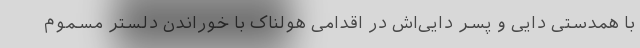
با همدستی دایی و پسر دایی‌اش در اقدامی هولناک با خوراندن دلستر مسموم